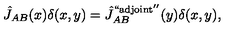
\hat { J } _ { A B } ( x ) \delta ( x , y ) = { \hat { J } } _ { A B } ^ { \mathrm { ` ` a d j o i n t ^ { \prime \prime } } } ( y ) \delta ( x , y ) ,